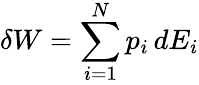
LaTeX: \delta W=\sum_{i=1}^{N}p_{i}\, dE_{i}